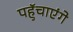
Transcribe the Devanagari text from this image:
पहुॅचाएंगे